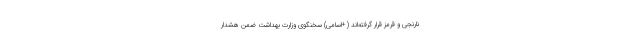
نارنجی و قرمز قرار گرفته‌اند (+اسامی) سخنگوی وزارت بهداشت ضمن هشدار